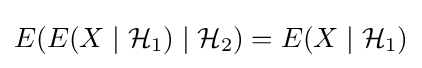
E(E(X\mid {\mathcal {H}}_{1})\mid {\mathcal {H}}_{2})=E(X\mid {\mathcal {H}}_{1})